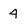
Character: 4